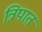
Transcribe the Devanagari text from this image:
त्रिपात